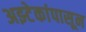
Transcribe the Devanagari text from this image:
अझ्टेकांपासून